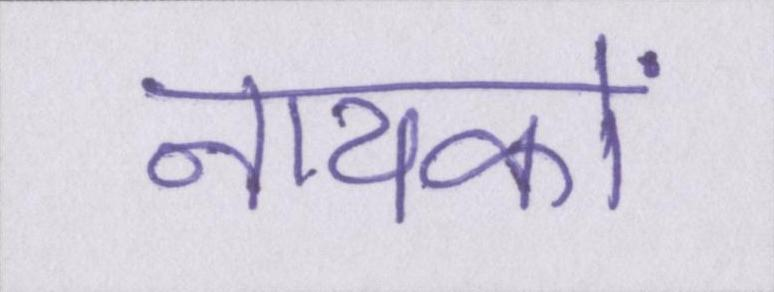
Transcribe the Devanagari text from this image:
नायकों